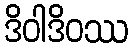
ဒိဝါဒိဝဿ